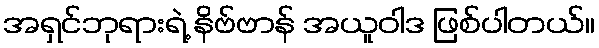
အရှင်ဘုရားရဲ့ နိဗ်ဗာန် အယူဝါဒ ဖြစ်ပါတယ်။